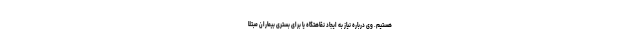
هستیم. وی درباره نیاز به ایجاد نقاهتگاه یا برای بستری بیماران مبتلا